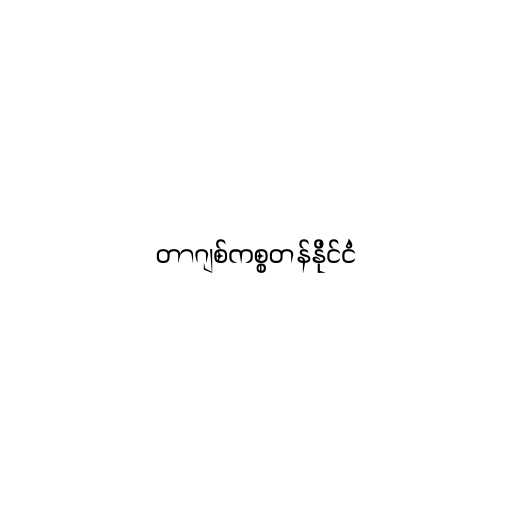
တာဂျစ်ကစ္စတန်နိုင်ငံ